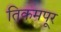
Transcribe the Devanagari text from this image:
तिकमपूर